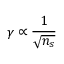
\gamma \propto \frac { 1 } { \sqrt { n _ { s } } }